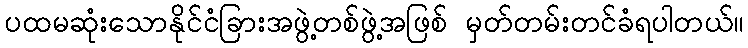
ပထမဆုံးသောနိုင်ငံခြားအဖွဲ့တစ်ဖွဲ့အဖြစ် မှတ်တမ်းတင်ခံရပါတယ်။